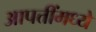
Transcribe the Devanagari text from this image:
आपत्तींमध्ये